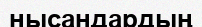
нысандардың